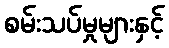
စမ်းသပ်မှုများနှင့်